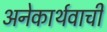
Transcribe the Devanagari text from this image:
अनेकार्थवाची